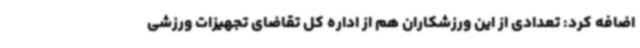
اضافه کرد: تعدادی از این ورزشکاران هم از اداره کل تقاضای تجهیزات ورزشی